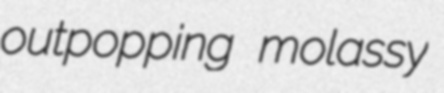
outpopping molassy